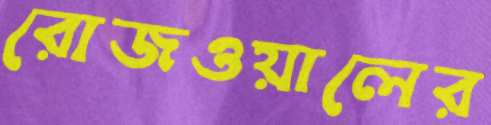
রোজওয়ালের